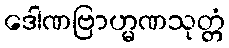
ဒေါဏဗြာဟ္မဏသုတ္တံ